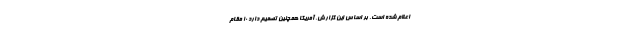
اعلام شده است. بر اساس این گزارش، آمریکا همچنین تصمیم دارد ۱۰ مقام